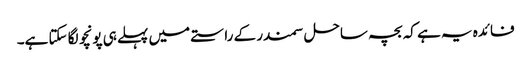
فائدہ یہ ہے کہ بچہ ساحل سمندر کے راستے میں پہلے ہی پونچو لگا سکتا ہے۔